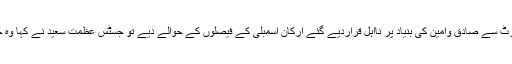
شیخ رشید نے سپریم کورٹ سے صادق وامین کی بنیاد پر نااہل قراردیے گئے ارکان اسمبلی کے فیصلوں کے حوالے دیے تو جسٹس عظمت سعید نے کہا وہ جعلی ڈگری کامعاملہ تھا۔